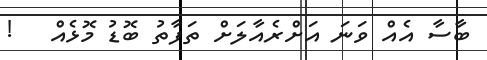
ބާސާ އެއް ވަނަ އަށްރެއާލަށް ތަފާތު ބޮޑު މޮޅެއް   !